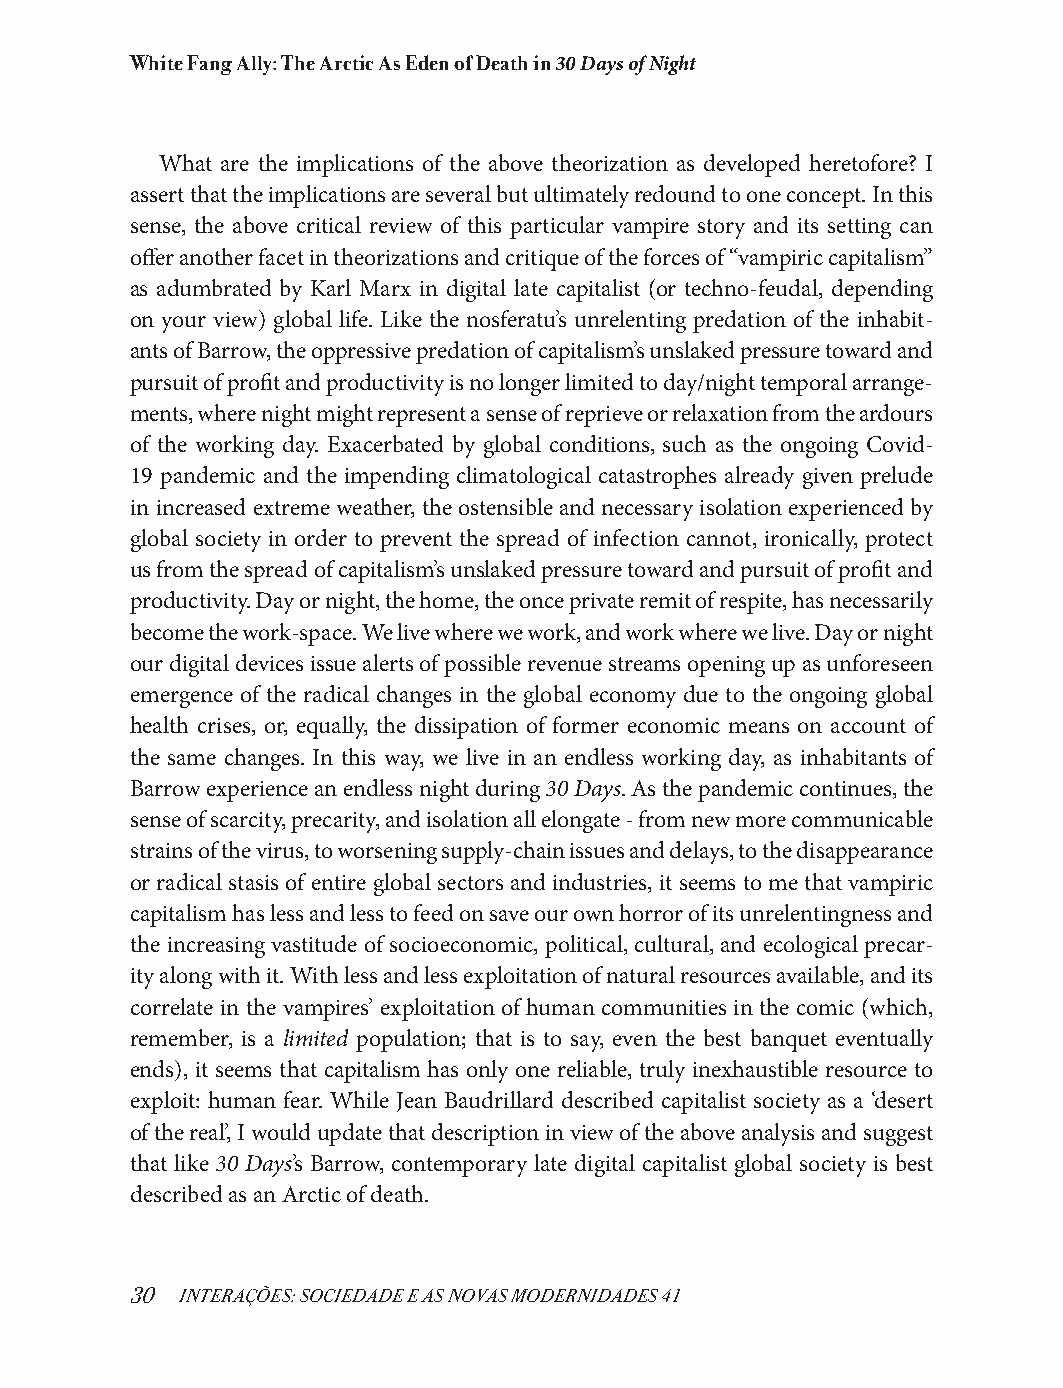
White Fang Ally: The Arctic As Eden of Death in 30 Days of Night
 What are the implications of the above theorization as developed heretofore? I
 assert that the implications are several but ultimately redound to one concept. In this
 sense, the above critical review of this particular vampire story and its setting can
 offer another facet in theorizations and critique of the forces of “vampiric capitalism”
 as adumbrated by Karl Marx in digital late capitalist (or techno-feudal, depending
 on your view) global life. Like the nosferatu’s unrelenting predation of the inhabit-
 ants of Barrow, the oppressive predation of capitalism’s unslaked pressure toward and
 pursuit of profit and productivity is no longer limited to day/night temporal arrange-
 ments, where night might represent a sense of reprieve or relaxation from the ardours
 of the working day. Exacerbated by global conditions, such as the ongoing Covid-
 19 pandemic and the impending climatological catastrophes already given prelude
 in increased extreme weather, the ostensible and necessary isolation experienced by
 global society in order to prevent the spread of infection cannot, ironically, protect
 us from the spread of capitalism’s unslaked pressure toward and pursuit of profit and
 productivity. Day or night, the home, the once private remit of respite, has necessarily
 become the work-space. We live where we work, and work where we live. Day or night
 our digital devices issue alerts of possible revenue streams opening up as unforeseen
 emergence of the radical changes in the global economy due to the ongoing global
 health crises, or, equally, the dissipation of former economic means on account of
 the same changes. In this way, we live in an endless working day, as inhabitants of
 Barrow experience an endless night during 30 Days. As the pandemic continues, the
 sense of scarcity, precarity, and isolation all elongate - from new more communicable
 strains of the virus, to worsening supply-chain issues and delays, to the disappearance
 or radical stasis of entire global sectors and industries, it seems to me that vampiric
 capitalism has less and less to feed on save our own horror of its unrelentingness and
 the increasing vastitude of socioeconomic, political, cultural, and ecological precar-
 ity along with it. With less and less exploitation of natural resources available, and its
 correlate in the vampires’ exploitation of human communities in the comic (which,
 remember, is a limited population; that is to say, even the best banquet eventually
 ends), it seems that capitalism has only one reliable, truly inexhaustible resource to
 exploit: human fear. While Jean Baudrillard described capitalist society as a ‘desert
 of the real’, I would update that description in view of the above analysis and suggest
 that like 30 Days’s Barrow, contemporary late digital capitalist global society is best
 described as an Arctic of death.
 30 INTERAÇÕES: SOCIEDADE E AS NOVAS MODERNIDADES 41